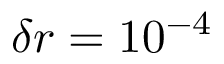
\delta r = 1 0 ^ { - 4 }